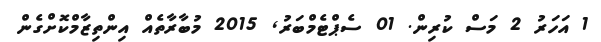
1 އަހަރު 2 މަސް ކުރިން. 01 ސެޕްޓެމްބަރު